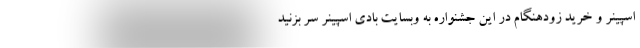
اسپینر و خرید زودهنگام در این جشنواره به وبسایت بادی اسپینر سر بزنید